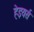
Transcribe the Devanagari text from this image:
हेइयर्स